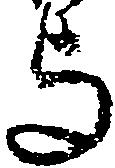
与